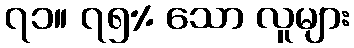
၇၁။ ၇၅% သော လူများ